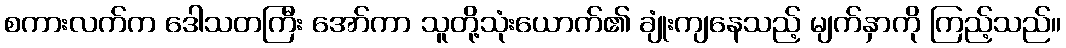
စကားလက်က ဒေါသတကြီး အော်ကာ သူတို့သုံးယောက်၏ ချုံးကျနေသည့် မျက်နှာကို ကြည့်သည်။